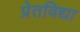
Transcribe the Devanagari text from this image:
प्रेतविद्या